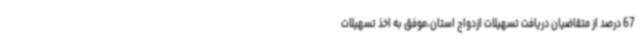
67 درصد از متقاضیان دریافت تسهیلات ازدواج استان،موفق به اخذ تسهیلات